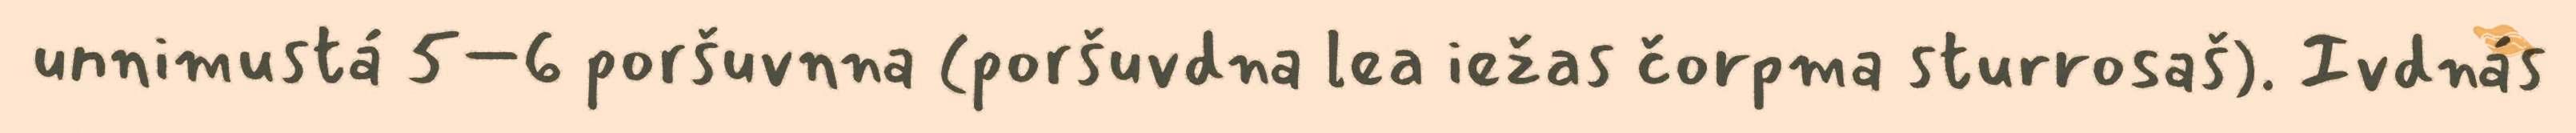
unnimustá 5–6 poršuvnna (poršuvdna lea iežas čorpma sturrosaš). Ivdnás